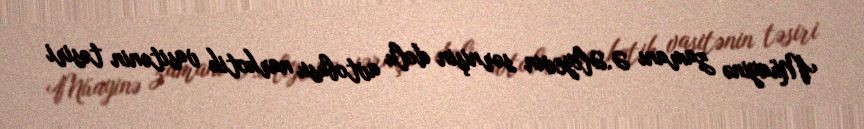
Müayinə zamanı Ə.Əliyevin sərnişin dolu avtobusu narkotik vasitənin təsiri